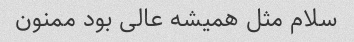
سلام مثل همیشه عالی بود ممنون